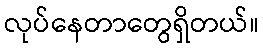
လုပ်နေတာတွေရှိတယ်။